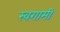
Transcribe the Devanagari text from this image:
स्वगामी